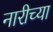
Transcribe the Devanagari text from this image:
नारीच्या